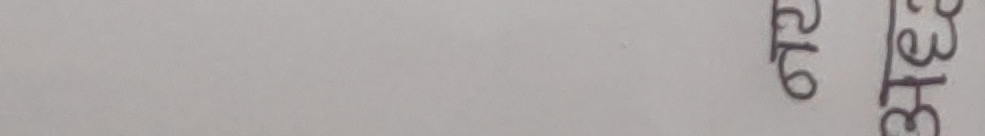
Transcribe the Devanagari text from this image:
२१६/३१४